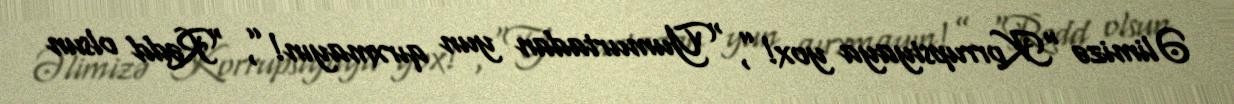
Əlimizə “Korrupsiyaya yox!”, “Yumurtadan yun qırxmayın!”, “Rədd olsun